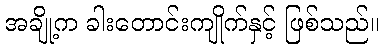
အချို့က ခါးတောင်းကျိုက်နှင့် ဖြစ်သည်။